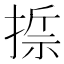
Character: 𢰂